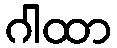
ဂါထာ